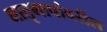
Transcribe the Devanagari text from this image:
मातृभाषांवरील